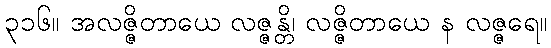
၃၁၆။ အလဇ္ဇိတာယေ လဇ္ဇန္တိ၊ လဇ္ဇိတာယေ န လဇ္ဇရေ။